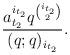
LaTeX: \begin{align*}\frac{a_{t_2}^{i_{t_2}}q^{\binom{i_{t_2}}{2}}}{(q;q)_{i_{t_2}}}.\end{align*}